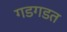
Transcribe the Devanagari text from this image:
गडगडत